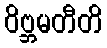
ဝိဗ္ဘမတီတိ